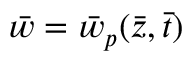
\bar { w } = \bar { w } _ { p } ( \bar { z } , \bar { t } )